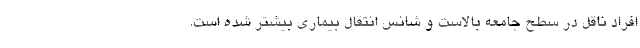
افراد ناقل در سطح جامعه بالاست و شانس انتقال بیماری بیشتر شده است.